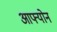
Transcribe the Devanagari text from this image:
आफ्योन